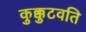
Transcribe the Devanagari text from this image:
कुक्कुटवति